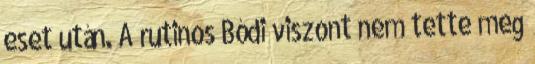
eset után. A rutinos Bódi viszont nem tette meg